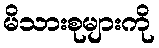
မိသားစုများကို